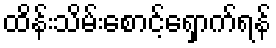
ထိန်းသိမ်းစောင့်ရှောက်ရန်